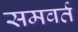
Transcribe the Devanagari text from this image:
समवर्त